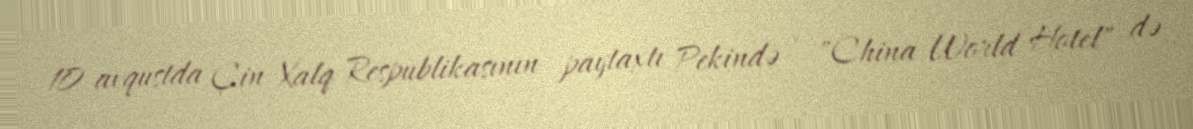
10 avqustda Çin Xalq Respublikasının paytaxtı Pekində - "China World Hotel" də